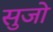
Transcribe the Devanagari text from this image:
सुजो